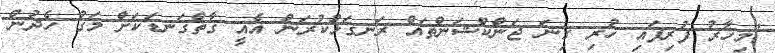
"މިހާރު ފުރިފައި ހުރި ގިނަ ޖަންކްޝަންތައް ރަނގަޅުކުރަން އެއީ ގާތްގަނޑަކަށް މަގު ހެދުން